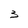
Character: 3